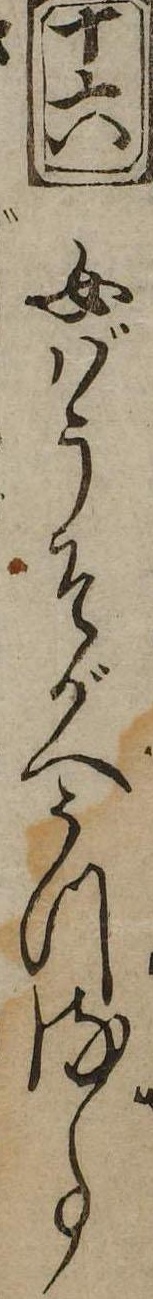
十六女ばうそがへうつる事